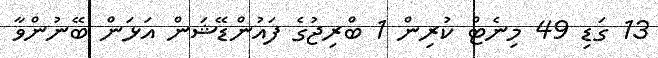
13 ގަޑި 49 މިނެޓް ކުރިން 1 ބްރިޖުގެ ފައުންޑޭޝަން އަޅަން ބޭނުންވާ